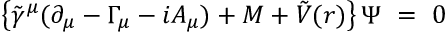
\left\{ { \tilde { \gamma } } ^ { \mu } ( \partial _ { \mu } - \Gamma _ { \mu } - i A _ { \mu } ) + { M } + \tilde { V } ( r ) \right\} \Psi ~ = ~ 0